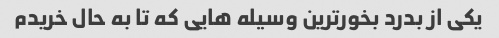
یکی از بدرد بخورترین وسیله هایی که تا به حال خریدم